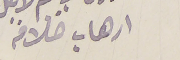
ارهاب خلافه